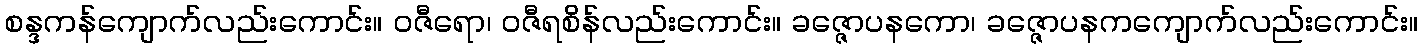
စန္ဒကန်ကျောက်လည်းကောင်း။ ဝဇီရော၊ ဝဇီရစိန်လည်းကောင်း။ ခဇ္ဇောပနကော၊ ခဇ္ဇောပနကကျောက်လည်းကောင်း။